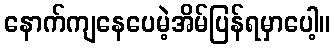
နောက်ကျနေပေမဲ့အိမ်ပြန်ရမှာပေါ့။